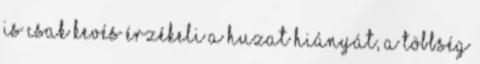
is csak kevés érzékeli a huzat hiányát, a többség